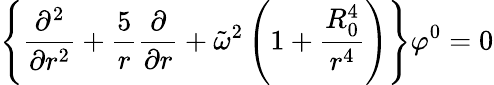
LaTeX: \left\{ {\frac{\partial^{2}}{\partial r^{2}}}+{\frac{5}{r}}{\frac{\partial}{\partial r}}+\tilde{\omega}^{2}\left(1+{\frac{R_{0}^{4}}{r^{4}}}\right)\right\} \varphi^{0}=0